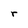
Character: r